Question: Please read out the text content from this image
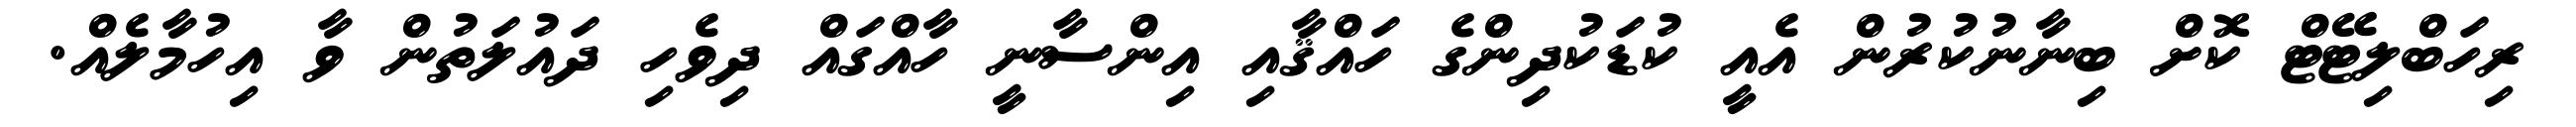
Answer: ރިހަބްލިޓޭޓް ކޮށް ބިނާނުކުރުން އެއީ ކުޑަކުދިންގެ ހައްޤާއި އިންސާނީ ހާއްގައް ދިވެހި ދައުލަތުން ވާ އިހުމާލެއް.